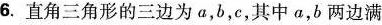
6.直角三角形的三边为a，b，c，其中a，b两边满